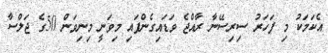
އެކަމަކު މި ފަހަރު ސިރިސޭނާ ރާއްޖެ ވަޑައިގެންފައި މިވަނީ މިނިވަން 50ގެ ޖަލްސާ